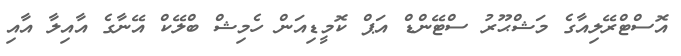
އޮސްޓްރޭލިއާގެ މަޝްޙޫރު ސްޓޭންޑް އަޕް ކޮމީޑިއަން ހެމިޝް ބްލޭކް އޭނާގެ އާއިލާ އާއި